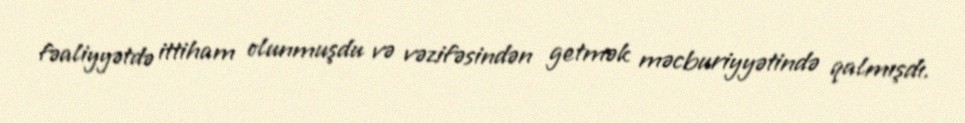
fəaliyyətdə ittiham olunmuşdu və vəzifəsindən getmək məcburiyyətində qalmışdı.